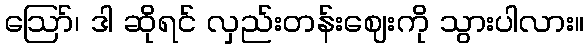
ဪ၊ ဒါ ဆိုရင် လှည်းတန်းဈေးကို သွားပါလား။